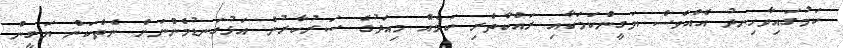
ކަމުގައިވާހިނދު އެއްވެސް ޔަގީންކަމަކާއި ރައްކާތެރި ކަމެއް މިއަދުގެ ސަރުކާރުން އަޅުގަނޑުމެންނަށް ނެތްކަން ޔަގީން